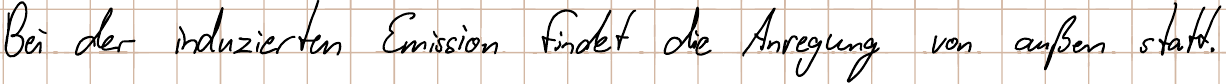
Bei der induzierten Emission findet die Anregung von außen statt.